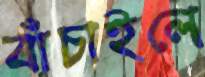
বাঁচাইলে